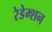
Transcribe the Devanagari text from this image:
रेडेम्शन